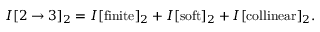
I [ 2 \rightarrow 3 ] _ { 2 } = I [ \mathrm { { f i n i t e } } ] _ { 2 } + I [ \mathrm { s o f t } ] _ { 2 } + I [ \mathrm { c o l l i n e a r } ] _ { 2 } .